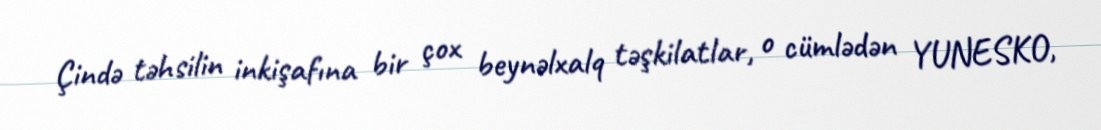
Çində təhsilin inkişafına bir çox beynəlxalq təşkilatlar, o cümlədən YUNESKO,